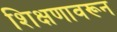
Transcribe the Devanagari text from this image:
शिक्षणावरून